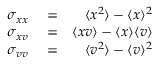
\begin{array} { r l r } { \sigma _ { x x } } & { { } = } & { \langle x ^ { 2 } \rangle - \langle x \rangle ^ { 2 } } \\ { \sigma _ { x v } } & { { } = } & { \langle x v \rangle - \langle x \rangle \langle v \rangle } \\ { \sigma _ { v v } } & { { } = } & { \langle v ^ { 2 } \rangle - \langle v \rangle ^ { 2 } } \end{array}